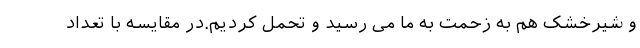
و شیرخشک هم به زحمت به ما می رسید و تحمل کردیم.در مقایسه با تعداد